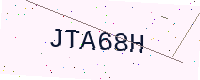
Text: JTA68H